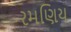
રમણિય